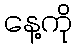
နေ့ကို